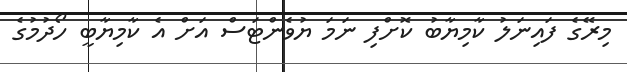
މިރޭގެ ފައިނަލު ކާމިޔާބު ކޮށްފި ނަމަ ޔުވެންޓަސް އަށް އެ ކާމިޔާބީ ހޯދުމުގެ